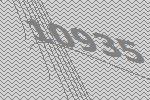
10935